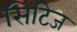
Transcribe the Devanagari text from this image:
सिटिज